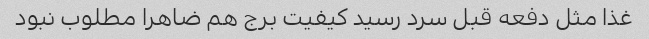
غذا مثل دفعه قبل سرد رسید کیفیت برج هم ضاهرا مطلوب نبود